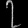
Digit: ၇